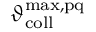
\vartheta _ { \mathrm { c o l l } } ^ { \mathrm { m a x , p q } }